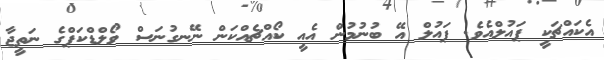
އެކައްޗަކީ ޕައުލްއެވެ. ޕައުލް އޭ ބުނުމުން އެއީ ކޯއްޗެއްކަން ނޭނގުނަސް ވޯލްޑްކަޕްގެ ނަތީޖާ